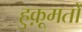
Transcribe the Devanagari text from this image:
हुक़ूमतों